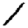
Digit: 1